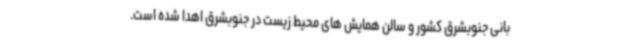
بانی جنوبشرق کشور و سالن همایش های محیط زیست در جنوبشرق اهدا شده است.